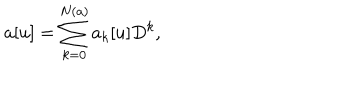
a [ u ] = \sum _ { k = 0 } ^ { N ( a ) } a _ { k } [ u ] D ^ { k } ,